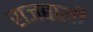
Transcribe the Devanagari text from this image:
राजबाली